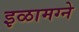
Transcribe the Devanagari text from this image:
इळामग्ने